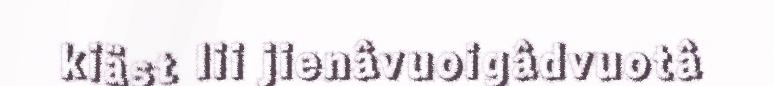
kiäst lii jienâvuoigâdvuotâ